Civil Veterinary Dept. Bombay admin report 1932-41 - 1932-1941
Year: 1932
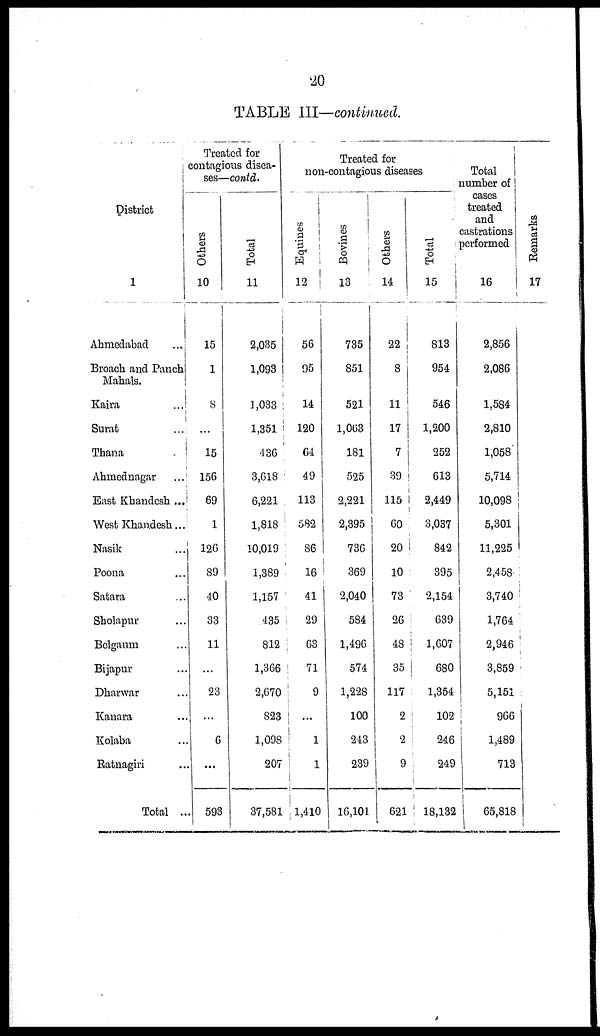
20
TABLE III—continued.
District
1
Ahmedabad ...
Broach and Panch
Mahals.
Kaira ...
Surat ...
Thana ...
Ahmednagar ...
Bast Khandesh ...
West Khandesh ...
Nasik ...
Poona ...
Satara ...
Sholapur ...
Belgaum ...
Bijapur ...
Dharwar ...
Kanara ...
Kolaba ...
Ratnagiri ...
Total ...
Treated for
contagious disea-
ses—contd.
Others
10
15
1
8
...
15
156
69
1
126
89
40
33
11
...
23
...
6
...
593
Total
11
2,035
1,093
1,033
1,351
436
3,618
6,221
1,818
10,019
1,389
1,157
435
812
1,366
2,670
823
1,098
207
37,581
Treated for
non-contagious diseases
Equities
12
56
95
14
120
64
49
113
582
86
16
41
29
63
71
9
...
1
1
1,410
Bovines
13
735
851
521
1,063
181
525
2,221
2,395
736
369
2,040
584
1,496
574
1,228
100
243
239
16,101
Others
14
22
8
11
17
7
39
115
60
20
10
73
26
48
35
117
2
2
9
621
Total
15
813
954
546
1,200
252
613
2,449
3,037
842
395
2,154
639
1,607
680
1,354
102
246
249
18,132
Total
number of
cases
treated
and
castrations
performed
16
2,856
2,086
1,584
2,810
1,058
5,714
10,098
5,301
11,225
2,458
3,740
1,764
2,946
3,859
5,151
966
1,489
713
65,818
Re ma r
k s
17